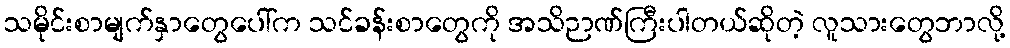
သမိုင်းစာမျက်နှာတွေပေါ်က သင်ခန်းစာတွေကို အသိဉာဏ်ကြီးပါတယ်ဆိုတဲ့ လူသားတွေဘာလို့